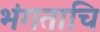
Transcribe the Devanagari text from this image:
भंगताचि